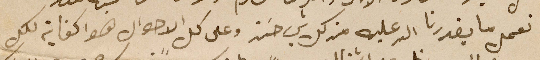
نعمل ما يقدرنا الله عليه من كل شي حسَن وعلى كل الاحوال هوا كفاية لكل